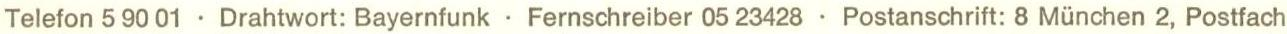
Telefon 5 90 01 . Drahtwort: Bayernfunk . Fernschreiber 05 23428 . Postanschrift: 8 München 2, Postfach